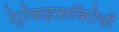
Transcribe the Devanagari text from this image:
रेट्रोवाइरसविरोधी